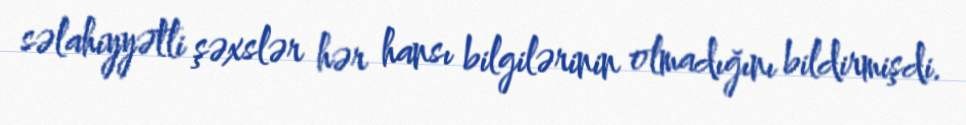
səlahiyyətli şəxslər hər hansı bilgilərinin olmadığını bildirmişdi.